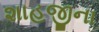
શાહજીના